Trukikaitis_Postimees, lk 66
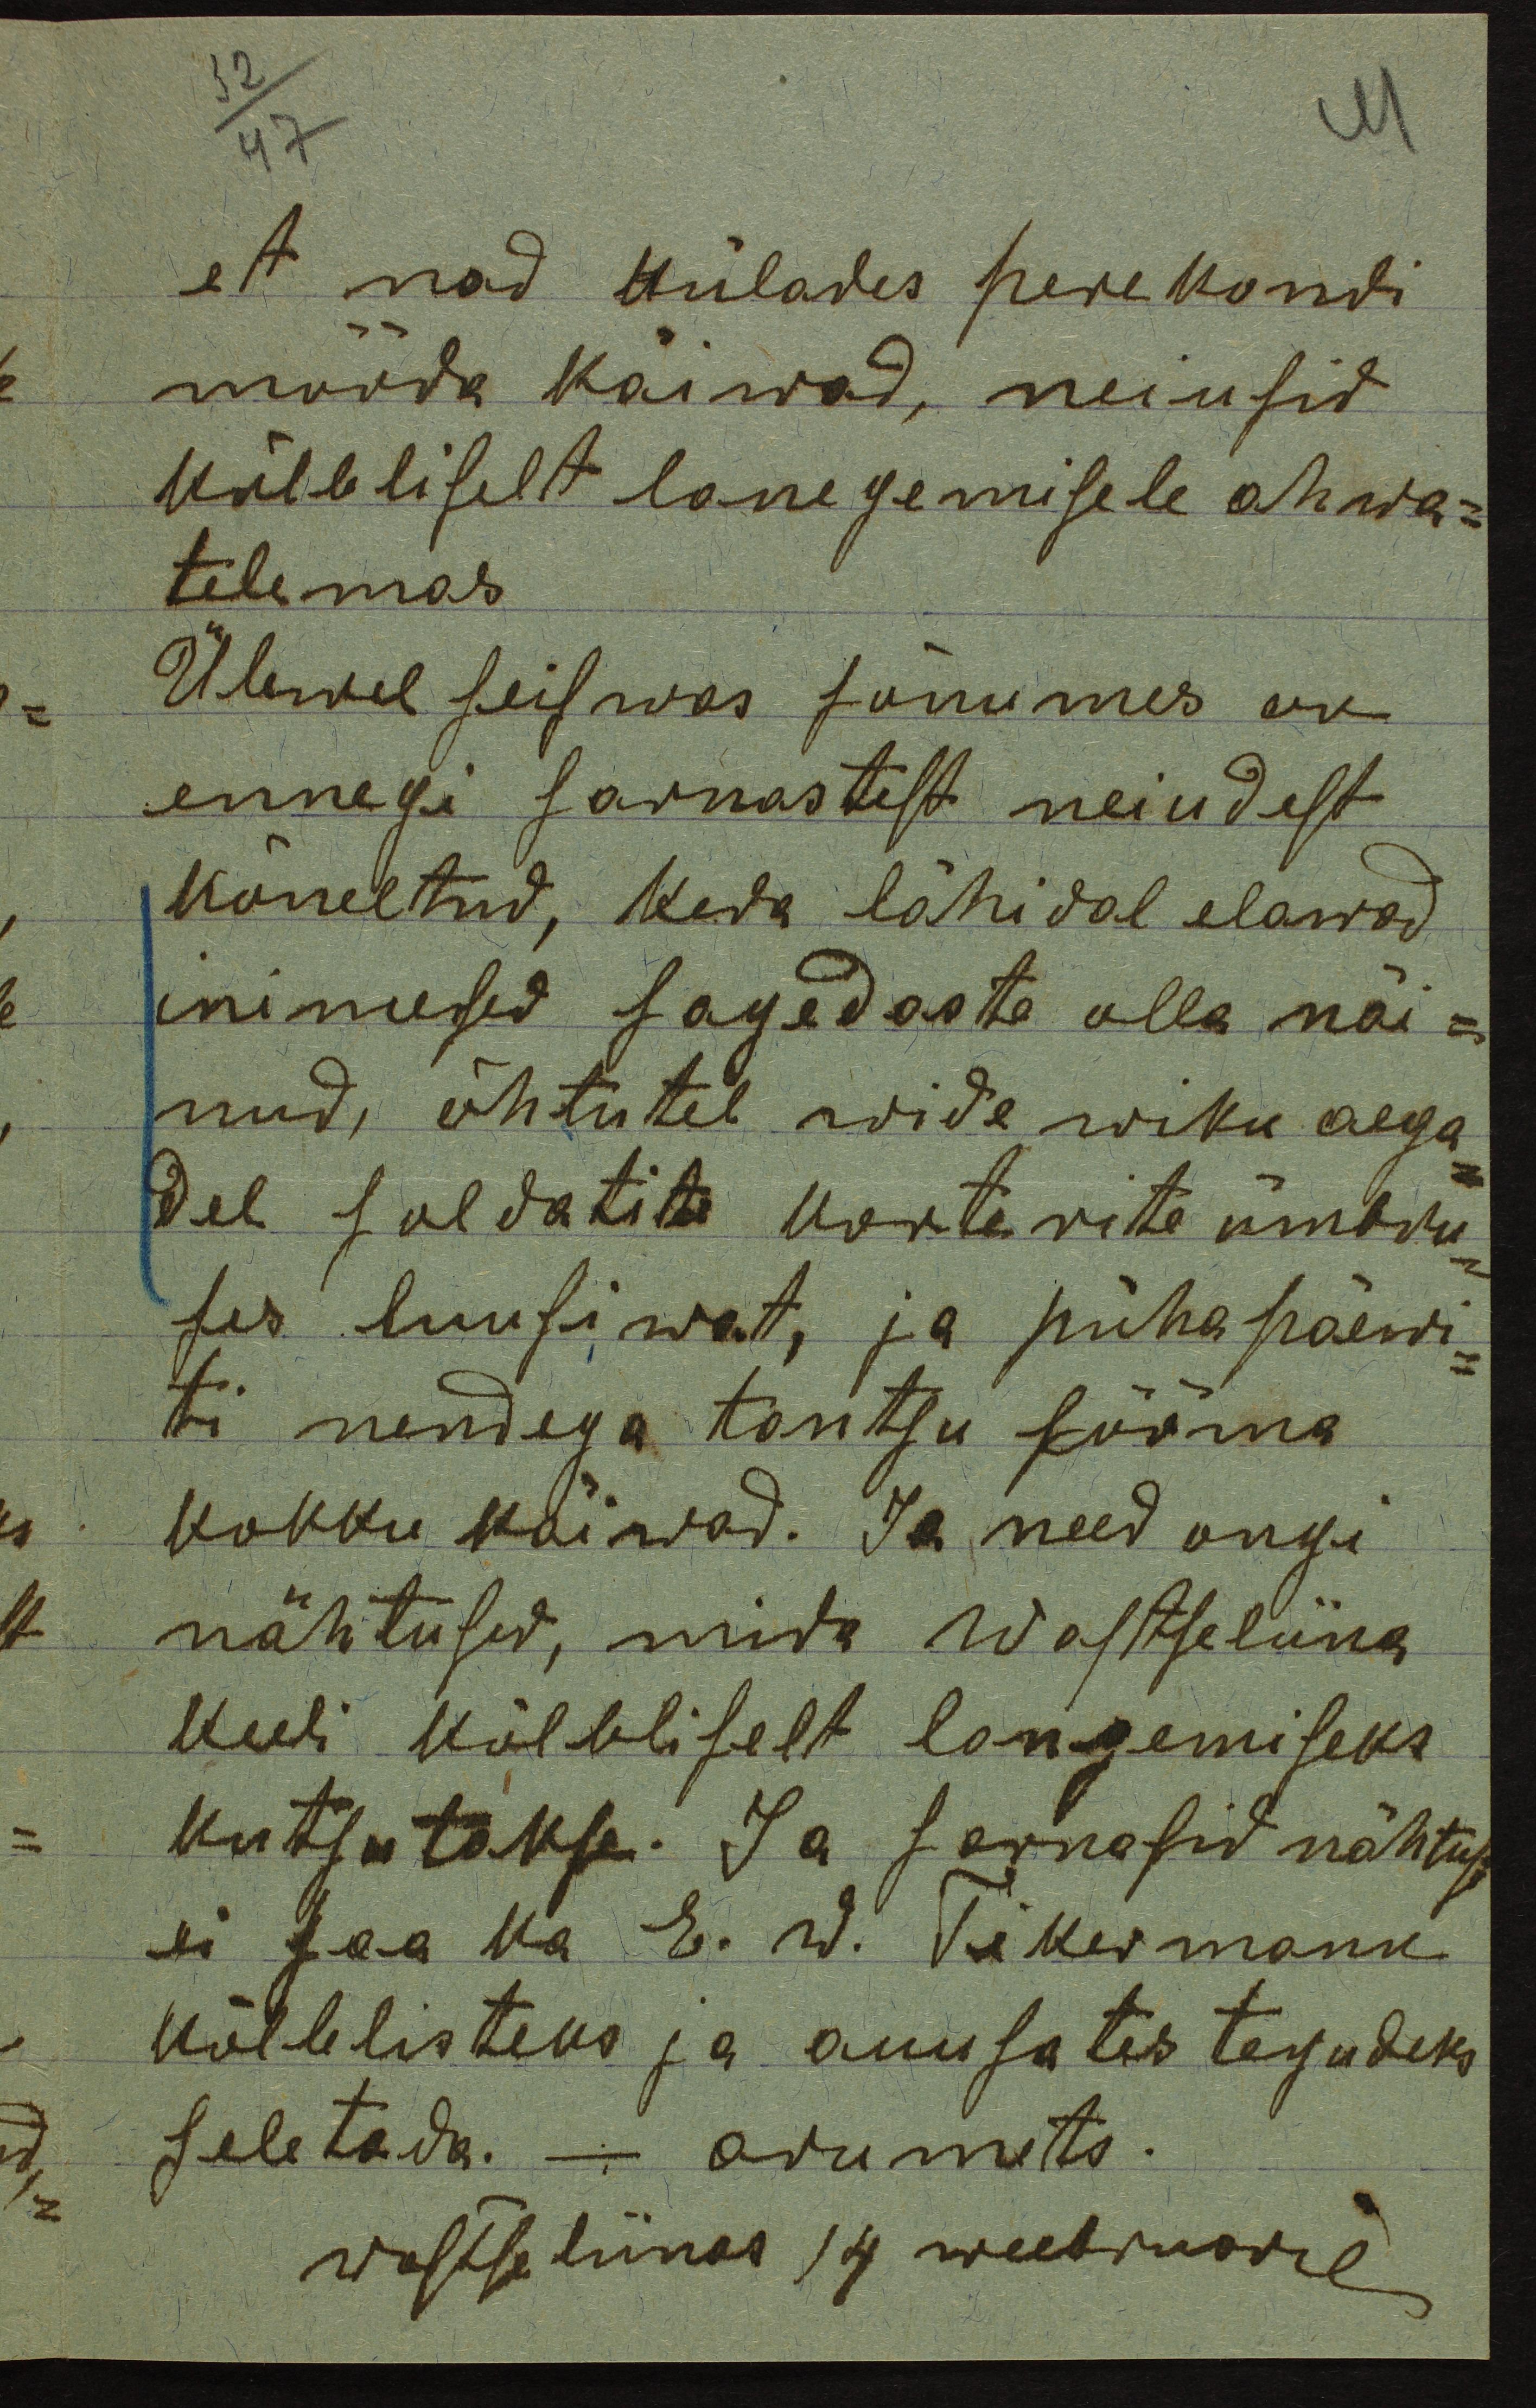
et nad külades perekondi
mööda käiwad, neiusid
kõlbliselt lanegemisele ahwa-
telemas
Ülewal seiswas sõnumes on
ennegi sarnastest neiudest
kõneltud, keda lähidal elawad
inimesed sagedaste olla näi-
nud, õhtutel widewiku aega-
del soldatite korterite ümbru-
ses luusiwat ja pühapäewi-
ti nendega tantsu lööma
kokku käiwad. Ja need ongi
nähtused, mida Wastseliina
keeli kõlbliselt langemiseks
kutsutakse. Ja sarnasid nähtusi
ei saa ka E. W. Tikermann
kõlbelisteks ja auusates tegudeks
seletada. - arumets.
wastseliinas 14 weebruaril